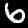
Digit: 6